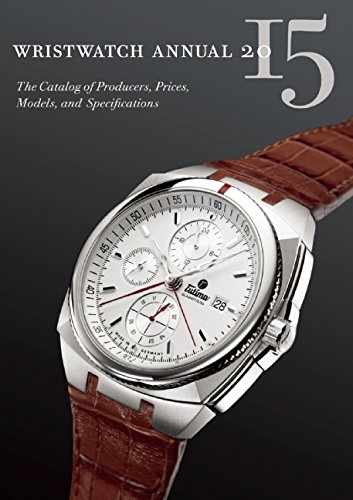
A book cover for Wristwatch Annual 2015: The Catalog of Producers, Prices, Models, and Specifications; Peter Braun; Crafts, Hobbies & Home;